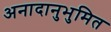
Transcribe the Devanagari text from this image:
अनादानुभुमित